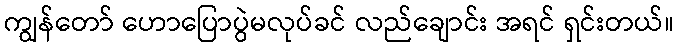
ကျွန်တော် ဟောပြောပွဲမလုပ်ခင် လည်ချောင်း အရင် ရှင်းတယ်။